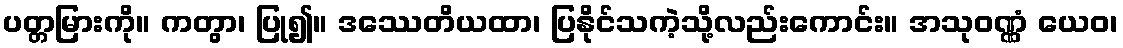
ပတ္တမြားကို။ ကတွာ၊ ပြု၍။ ဒဿေတိယထာ၊ ပြနိုင်သကဲ့သို့လည်းကောင်း။ အသုဝဏ္ဏံ ယေဝ၊